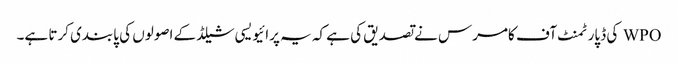
WPO کی ڈپارٹمنٹ آف کامرس نے تصدیق کی ہے کہ یہ پرائیویسی شیلڈ کے اصولوں کی پابندی کرتا ہے۔